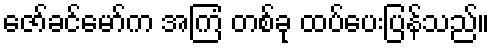
ဇော်ခင်မော်က အကြံ တစ်ခု ထပ်ပေးပြန်သည်။